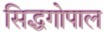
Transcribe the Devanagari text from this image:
सिद्धगोपाल